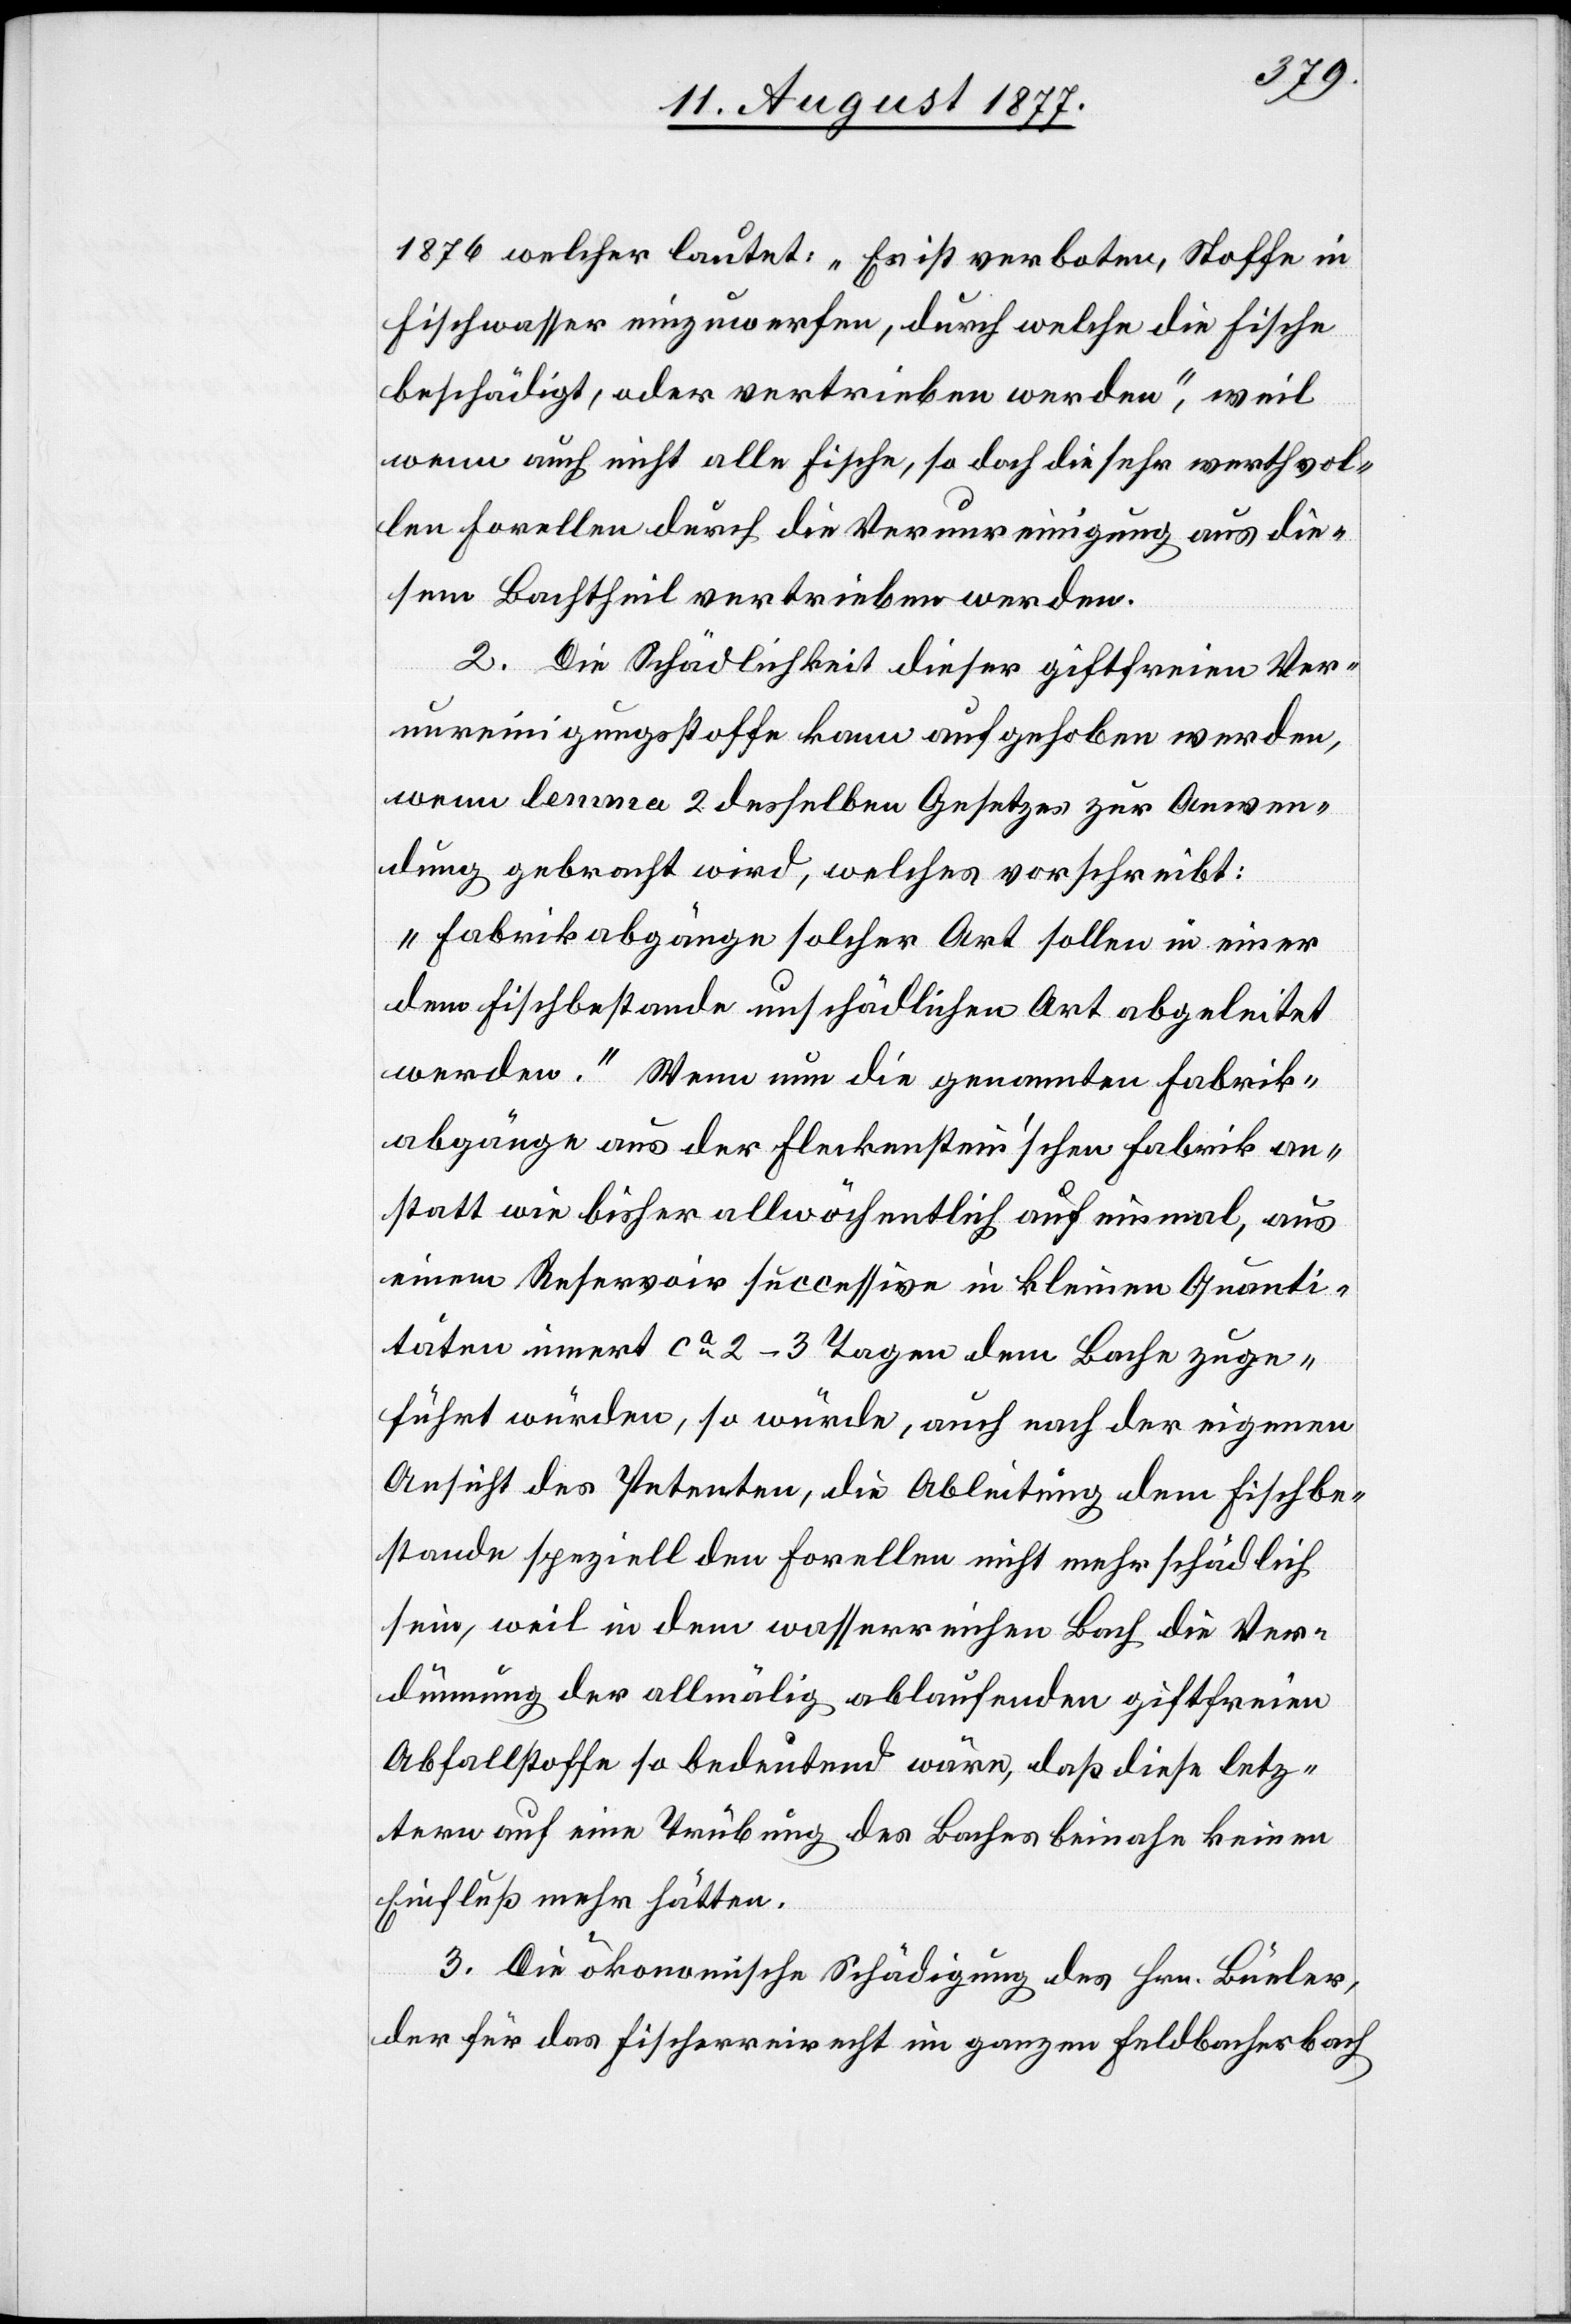
1876 welcher lautet: „Es ist verboten, Stoffe in
Fischwasser einzuwerfen, durch welche die Fische
beschädigt, oder vertrieben werden“, weil
wenn auch nicht alle Fische, so doch die sehr werthvol¬
len Forellen durch die Verunreinigung aus die¬
sem Bachtheil vertrieben werden.
2. Die Schädlichkeit dieser giftfreien Ver¬
unreinigungsstoffe kann aufgehoben werden,
wenn lemma 2 desselben Gesetzes zur Anwen¬
dung gebracht wird, welches vorschreibt:
„Fabrikabgänge solcher Art sollen in einer
dem Fischbestande unschädlichen Art abgeleitet
werden.“ Wenn nun die genannten Fabrik¬
abgänge aus der Fleckenstein’schen Fabrik an¬
statt wie bisher allwöchentlich auf einmal, aus
einem Reservoir successive in kleinen Quanti¬
täten innert ca 2–3 Tagen dem Bache zuge¬
führt würden, so würde, auch nach der eigenen
Ansicht des Petenten, die Ableitung dem Fischbe¬
stande speziell den Forellen nicht mehr schädlich
sein, weil in dem wasserreichen Bach die Ver¬
dünnung der allmälig ablaufenden giftfreien
Abfallstoffe so bedeutend wäre, daß diese letz¬
tern auf eine Trübung des Baches beinahe keinen
Einfluß mehr hätten.
3. Die ökonomische Schädigung des Hrn. Büeler,
der für das Fischerreirecht [sic!] im ganzen Feldbacherbach